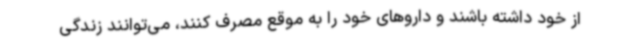
از خود داشته باشند و داروهای خود را به موقع مصرف کنند، می‌توانند زندگی